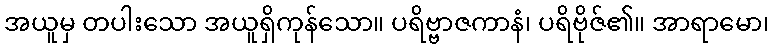
အယူမှ တပါးသော အယူရှိကုန်သော။ ပရိဗ္ဗာဇကာနံ၊ ပရိဗိုဇ်၏။ အာရာမော၊